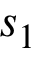
s _ { 1 }